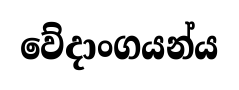
වේදාංගයන්ය